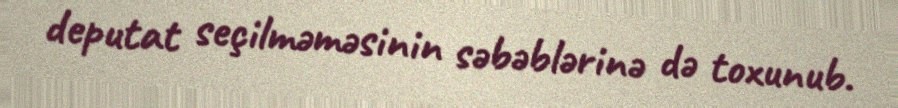
deputat seçilməməsinin səbəblərinə də toxunub.